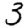
Digit: 3